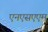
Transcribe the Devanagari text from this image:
एनएसएएम